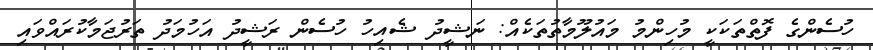
ހުސެންގެ ފޮތްތަކަކީ މުހިންމު މައުލޫމާތުތަކެއް: ނަޝީދު ޝެއިހު ހުސެން ރަޝީދު އަހުމަދު ތަރުޖަމާކުރައްވައި